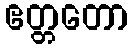
ဧတ္တတော